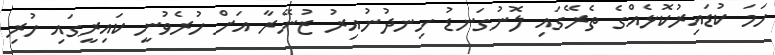
ހަމަ ކުޑައިރުކޮޅެއްގެ ތެރޭގައި ލޮނުގަނޑު ހިނދުނުއިރު ޒުނޭރާ އަށް ހުރެވުނީ ކައިރީގައި ހުރި